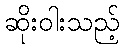
ဆိုးဝါးသည့်